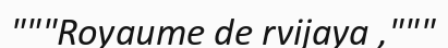
"""Royaume de rvijaya ,"""